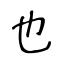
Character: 也